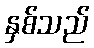
နှစ်သည်